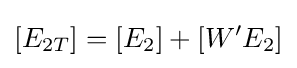
[E_{2T}]=[E_{2}]+[W'E_{2}]